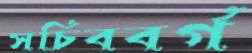
সচিববর্গ